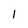
Character: l